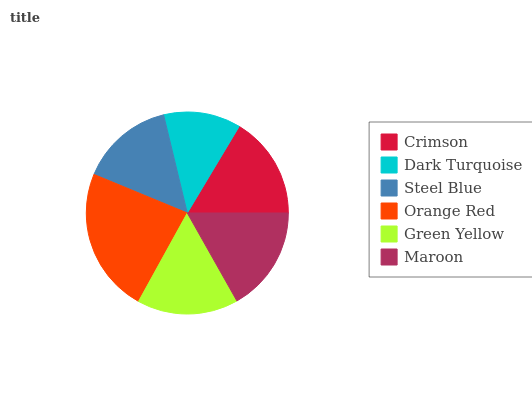
| Crimson | Dark Turquoise | Steel Blue | Orange Red | Green Yellow | Maroon |
 | --- | --- | --- | --- | --- | --- |
 | 16.4% | 12.4% | 15% | 23.2% | 16.2% | 16.9% |